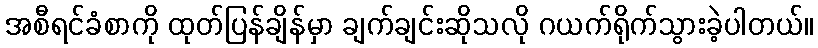
အစီရင်ခံစာကို ထုတ်ပြန်ချိန်မှာ ချက်ချင်းဆိုသလို ဂယက်ရိုက်သွားခဲ့ပါတယ်။